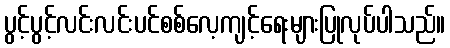
ပွင့်ပွင့်လင်းလင်းပင်စစ်လေ့ကျင့်ရေးများပြုလုပ်ပါသည်။